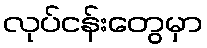
လုပ်ငန်းတွေမှာ